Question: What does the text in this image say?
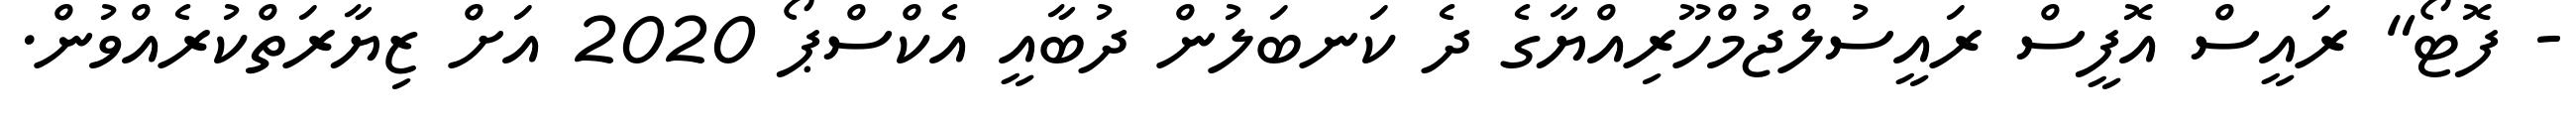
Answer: - ފޮޓޯ" ރައީސް އޮފީސް ރައީސުލްޖުމްހޫރިއްޔާގެ ދެ ކަނބަލުން ދުބާއީ އެކްސްޕޯ 2020 އަށް ޒިޔާރަތްކުރެއްވުން.